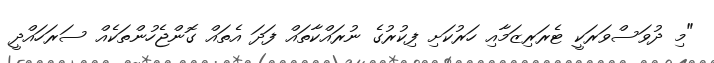
"މި ދުވަސްވަރަކީ ޓެރަރިޒަމާއި ހަރުކަށި ފިކުރުގެ ނުރައްކާތައް ފަދަ އެތައް ގޮންޖެހުންތަކެއް ސަރަހައްދީ